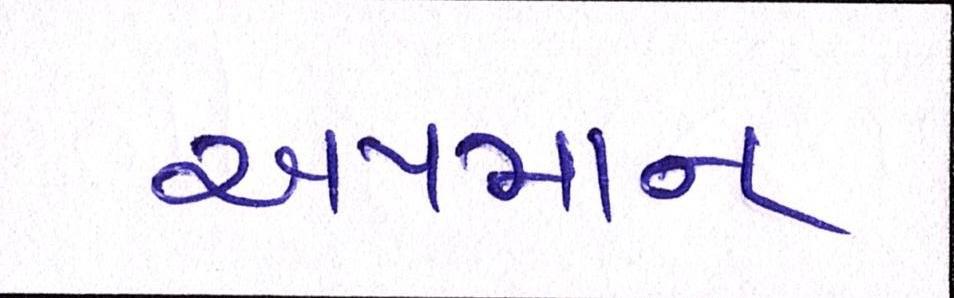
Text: અપમાન